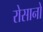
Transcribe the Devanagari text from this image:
रोसानो